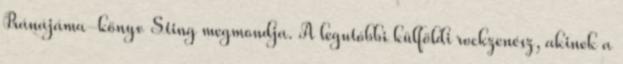
Pránájáma-könyv Sting megmondja. A legutóbbi külföldi rockzenész, akinek a